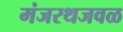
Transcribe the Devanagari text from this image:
मंजरथजवळ